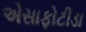
એસાફોટીડા